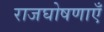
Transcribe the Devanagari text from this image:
राजघोषणाएँ